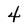
Character: 4